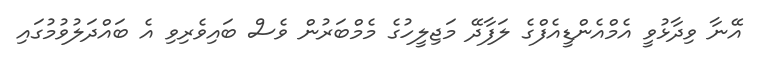
އޭނާ ވިދާޅުވީ އެމްއެންޑީއެފްގެ ލަފާދޭ މަޖިލީހުގެ މެމްބަރުން ވެސް ބައިވެރިވި އެ ބައްދަލުވުމުގައި